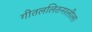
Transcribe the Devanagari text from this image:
गीतललितनरलीला